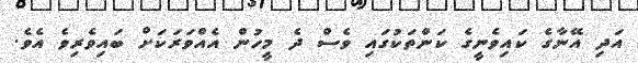
އަދި އޭނާގެ ކައިވެނީގެ ކަންތަކުގައި ވެސް ދެ މީހުން އެއްވަރަކަށް ބައިވެރިވެ އެވެ.